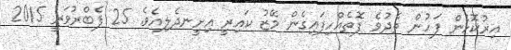
އިރުކޮޅެން ފަހުން ތެދުވެ ފޮތެއްހިފައިގެން މޭޒު ކައިރީ އިށީނދެލިއެވެ. 25 ފެބްރުވަރީ 2015